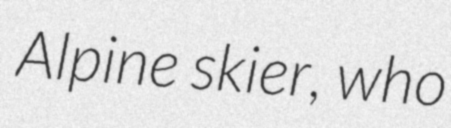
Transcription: Alpine skier, who